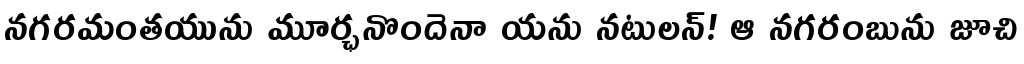
నగరమంతయును మూర్ఛనొందెనా యను నటులన్! ఆ నగరంబును జూచి